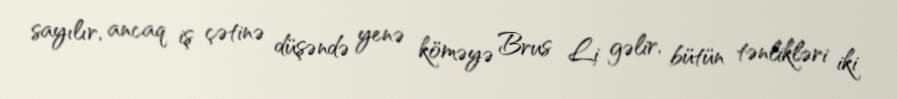
sayılır, ancaq iş çətinə düşəndə yenə köməyə Brus Li gəlir, bütün tənlikləri iki